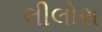
લીલોરા